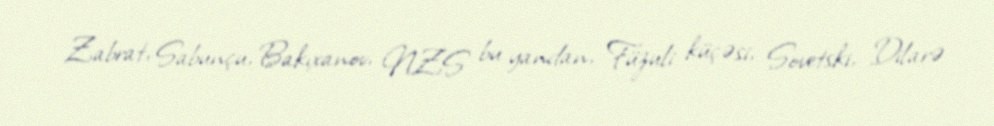
Zabrat, Sabunçu, Bakıxanov, NZS bu yandan, Füzuli küçəsi, Sovetski, Dilarə